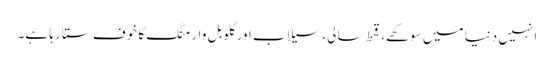
انہیں دنیا میں سوکھے، قحط سالی، سیلاب اور گلوبل وارمنگ کا خوف ستا رہا ہے۔